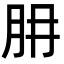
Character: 𦙇